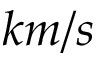
k m / s